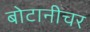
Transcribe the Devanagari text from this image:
बोटानीचर